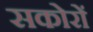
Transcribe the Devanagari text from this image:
सकोरों